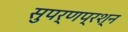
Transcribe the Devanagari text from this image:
सुपर्णप्रश्न